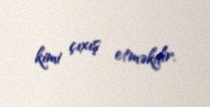
kimi çıxış etməkdir.